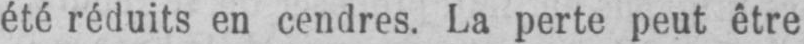
été réduits en cendres. La perte peut être